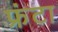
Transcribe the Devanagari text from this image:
फ्रंटा